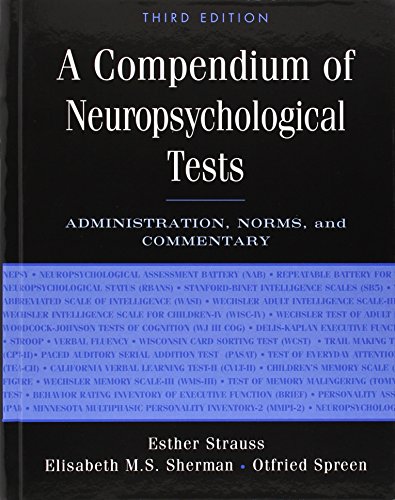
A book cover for A Compendium of Neuropsychological Tests: Administration, Norms, and Commentary; Esther Strauss; Health, Fitness & Dieting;